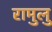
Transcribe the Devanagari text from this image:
रामुलु